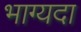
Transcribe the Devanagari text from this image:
भाग्यदा